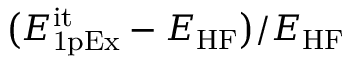
\big ( E _ { \mathrm { 1 p E x } } ^ { \mathrm { i t } } - E _ { \mathrm { H F } } \big ) / E _ { \mathrm { H F } }